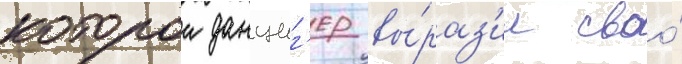
которои данциг'ер вы́раз'ил своо́